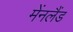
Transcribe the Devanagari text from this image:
मेंनलैंड